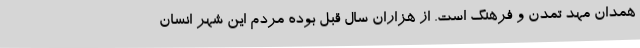
همدان مهد تمدن و فرهنگ است. از هزاران سال قبل بوده مردم این شهر انسان